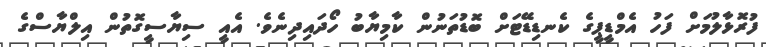
ފުރޮޅާލުމަށް ފަހު އެމްޑީޕީގެ ކެނޑިޑޭޓަށް ބޮޑުތަނުން ކާމިޔާބު ހޯދައިދިނެވެ. އެއީ ސިޔާސީގޮތުން އިލްޔާސްގެ